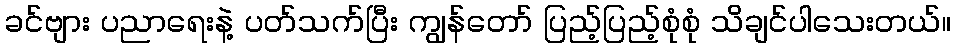
ခင်ဗျား ပညာရေးနဲ့ ပတ်သက်ပြီး ကျွန်တော် ပြည့်ပြည့်စုံစုံ သိချင်ပါသေးတယ်။